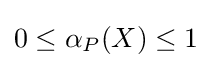
0\leq \alpha _{P}(X)\leq 1